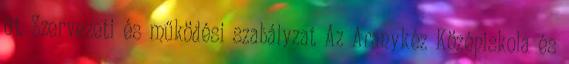
01. Szervezeti és működési szabályzat Az Aranykéz Középiskola és